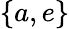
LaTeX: \{ a,e\}